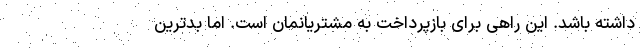
داشته باشد. این راهی برای بازپرداخت به مشتریانمان است. اما بدترین